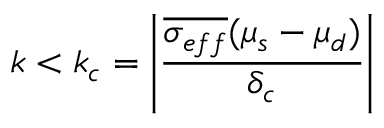
k < k _ { c } = \left| \frac { \overline { { \sigma _ { e f f } } } ( \mu _ { s } - \mu _ { d } ) } { \delta _ { c } } \right|